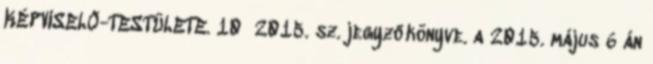
KÉPVISELŐ-TESTÜLETE. 10 2015. sz. jegyzőkönyve. a 2015. május 6 án